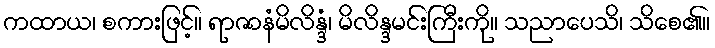
ကထာယ၊ စကားဖြင့်။ ရာဇာနံမိလိန္ဒံ၊ မိလိန္ဒမင်းကြီးကို။ သညာပေသိ၊ သိစေ၏။